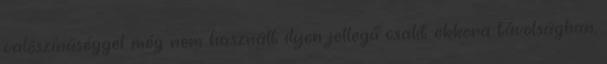
valószínűséggel még nem használt ilyen jellegű csalit ekkora távolságban,